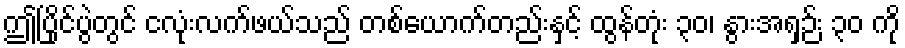
ဤပြိုင်ပွဲတွင် ငလုံးလက်ဖယ်သည် တစ်ယောက်တည်းနှင့် ထွန်တုံး ၃၀၊ နွားအရှဉ်း ၃၀ ကို